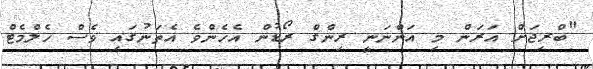
"ބްރިޖަށް އަރަން މި އަންނަނީ ރިންގް ރޯޑުން އެހެންވެ އެތަނުގައި ވެސް ހެލްމެޓް